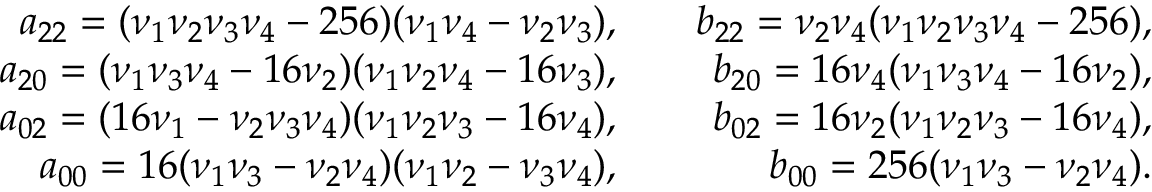
\begin{array} { r l r } { a _ { 2 2 } = ( \nu _ { 1 } \nu _ { 2 } \nu _ { 3 } \nu _ { 4 } - 2 5 6 ) ( \nu _ { 1 } \nu _ { 4 } - \nu _ { 2 } \nu _ { 3 } ) , } & { } & { b _ { 2 2 } = \nu _ { 2 } \nu _ { 4 } ( \nu _ { 1 } \nu _ { 2 } \nu _ { 3 } \nu _ { 4 } - 2 5 6 ) , } \\ { a _ { 2 0 } = ( \nu _ { 1 } \nu _ { 3 } \nu _ { 4 } - 1 6 \nu _ { 2 } ) ( \nu _ { 1 } \nu _ { 2 } \nu _ { 4 } - 1 6 \nu _ { 3 } ) , } & { } & { b _ { 2 0 } = 1 6 \nu _ { 4 } ( \nu _ { 1 } \nu _ { 3 } \nu _ { 4 } - 1 6 \nu _ { 2 } ) , } \\ { a _ { 0 2 } = ( 1 6 \nu _ { 1 } - \nu _ { 2 } \nu _ { 3 } \nu _ { 4 } ) ( \nu _ { 1 } \nu _ { 2 } \nu _ { 3 } - 1 6 \nu _ { 4 } ) , } & { } & { b _ { 0 2 } = 1 6 \nu _ { 2 } ( \nu _ { 1 } \nu _ { 2 } \nu _ { 3 } - 1 6 \nu _ { 4 } ) , } \\ { a _ { 0 0 } = 1 6 ( \nu _ { 1 } \nu _ { 3 } - \nu _ { 2 } \nu _ { 4 } ) ( \nu _ { 1 } \nu _ { 2 } - \nu _ { 3 } \nu _ { 4 } ) , } & { } & { b _ { 0 0 } = 2 5 6 ( \nu _ { 1 } \nu _ { 3 } - \nu _ { 2 } \nu _ { 4 } ) . } \end{array}